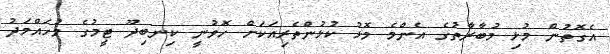
އެގޮތުން މުޅި މުބާރާތުގެ އެންމެ މޮޅު ކުޅުންތެރިއަކަށް ހޮވުނީ ކިނބިދޫ ޓީމުގެ މުހައްމަދު